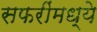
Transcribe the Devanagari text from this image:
सफरींमध्ये